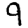
Digit: 9